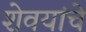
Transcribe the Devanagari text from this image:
शेवयांचे